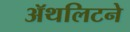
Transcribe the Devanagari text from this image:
ॲथलिटने